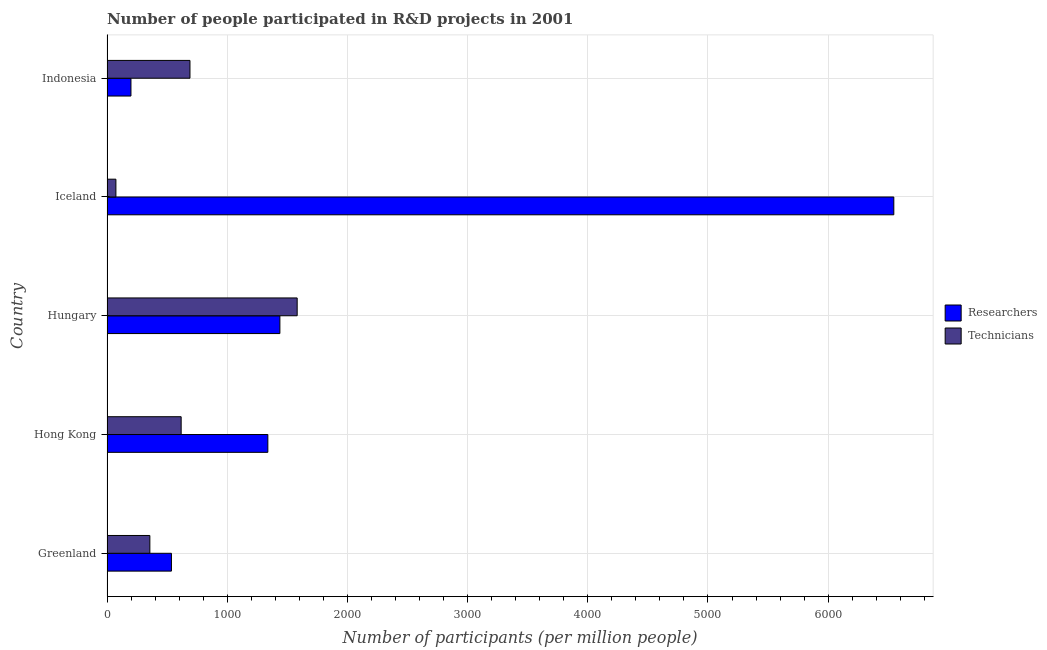
| Country | Researchers | Technicians |
 | --- | --- | --- |
 | Greenland | 536 | 357 |
 | Hong Kong | 1.34e+03 | 617 |
 | Hungary | 1.44e+03 | 1.58e+03 |
 | Iceland | 6.55e+03 | 74 |
 | Indonesia | 199 | 690 |